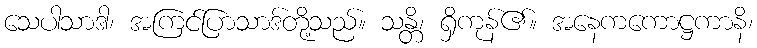
သေပါသာဒါ၊ အကြင်ပြာသာဒ်တို့သည်။ သန္တိ၊ ရှိကုန်၏။ အနေကကောဋ္ဌကာနိ၊